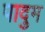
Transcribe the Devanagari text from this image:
पादुम